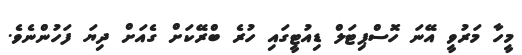
މީހާ މަރުވީ އޭނަ ހޮސްޕިޓަލް ޑިއުޓީގައި ހުރެ ބްރޭކަށް ގެއަށް ދިޔަ ފަހުންނެވެ.